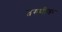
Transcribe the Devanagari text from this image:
तरुणींवर